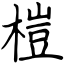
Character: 榿